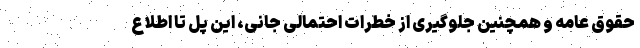
حقوق عامه و همچنین جلوگیری از خطرات احتمالی جانی، این پل تا اطلاع